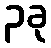
၃ခု